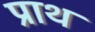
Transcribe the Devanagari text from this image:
प्राथ